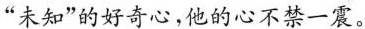
”未知”的好奇心，他的心不禁一震。